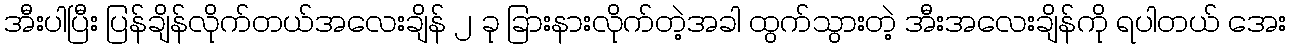
အီးပါပြီး ပြန်ချိန်လိုက်တယ်အလေးချိန် ၂ ခု ခြားနားလိုက်တဲ့အခါ ထွက်သွားတဲ့ အီးအလေးချိန်ကို ရပါတယ် အေး